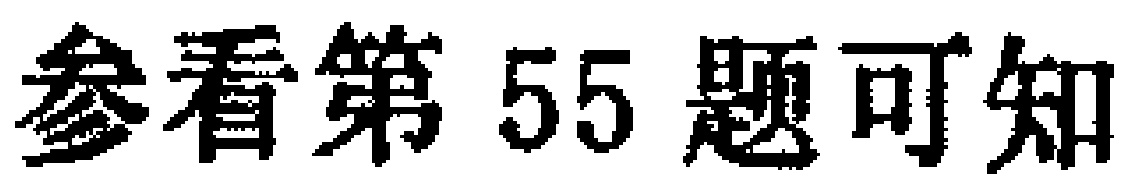
参看第 55 题可知